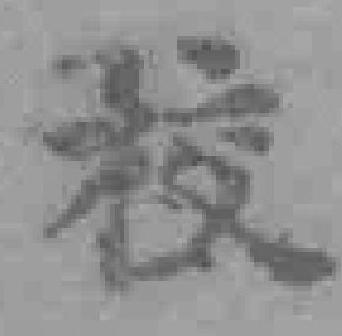
校